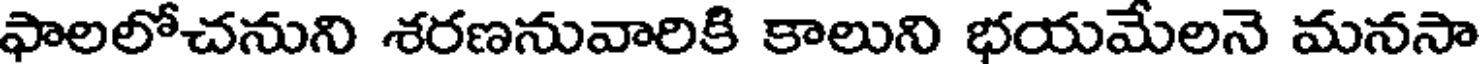
ఫాలలోచనుని శరణనువారికి కాలుని భయమేలనె మనసా